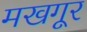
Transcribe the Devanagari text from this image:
मखगूर